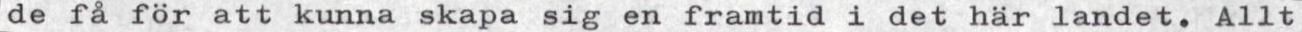
de få för att kunna skapa sig en framtid i det här landet. Allt